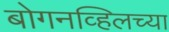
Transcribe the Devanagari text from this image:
बोगनव्हिलच्या